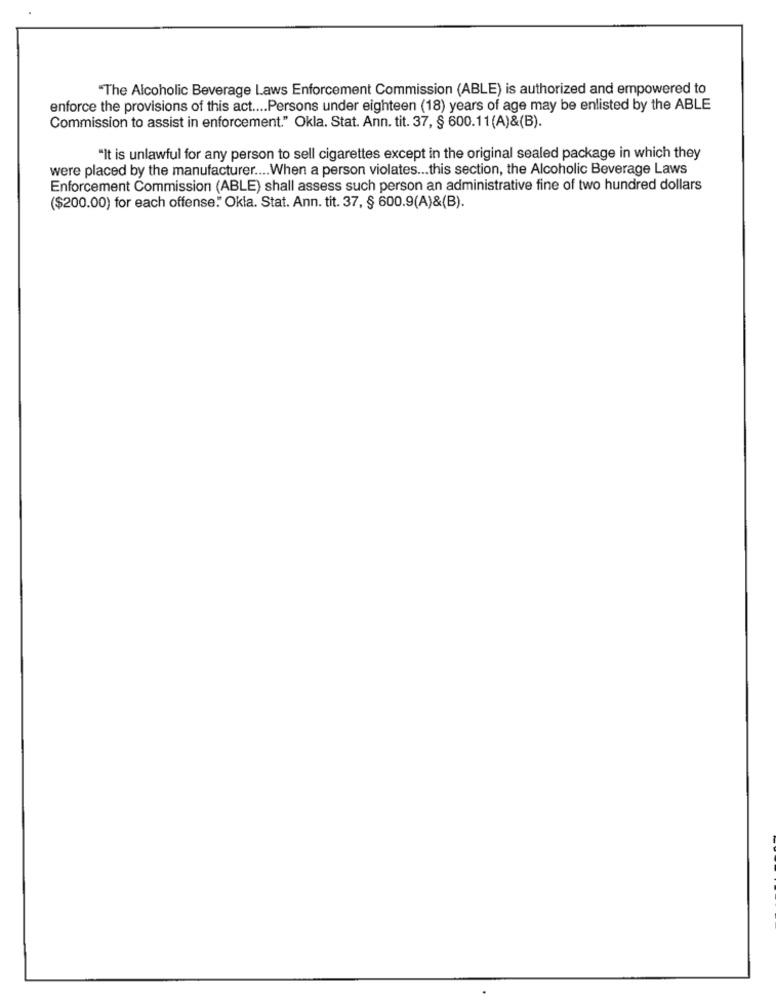
"The Alcoholic Beverage Laws Enforcement Commission (ABLE) is authorized and empowered to
enforce the provisions of this act .... Persons under eighteen (18) years of age may be enlisted by the ABLE
Commission to assist in enforcement." Okla. Stat. Ann. tit. 37, § 600.11 (A)&(B).
"It is unlawful for any person to sell cigarettes except in the original sealed package in which they
were placed by the manufacturer .... When a person violates ... this section, the Alcoholic Beverage Laws
Enforcement Commission (ABLE) shall assess such person an administrative fine of two hundred dollars
($200.00) for each offense. Okla. Stat. Ann. tit. 37, § 600.9(A)&(B).